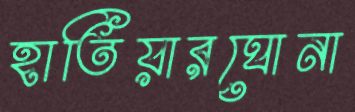
হাতিয়ারঘোনা